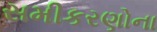
સમીકરણોના